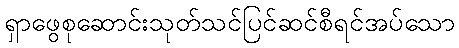
ရှာဖွေစုဆောင်းသုတ်သင်ပြင်ဆင်စီရင်အပ်သော